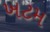
ખટમ